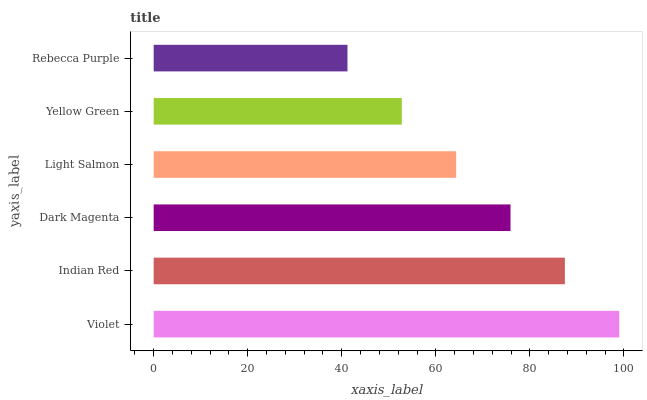
| yaxis_label | bars |
 | --- | --- |
 | Violet | 99 |
 | Indian Red | 87.4 |
 | Dark Magenta | 75.9 |
 | Light Salmon | 64.3 |
 | Yellow Green | 52.8 |
 | Rebecca Purple | 41.2 |